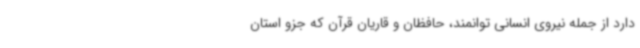
دارد از جمله نیروی انسانی توانمند، حافظان و قاریان قرآن که جزو استان